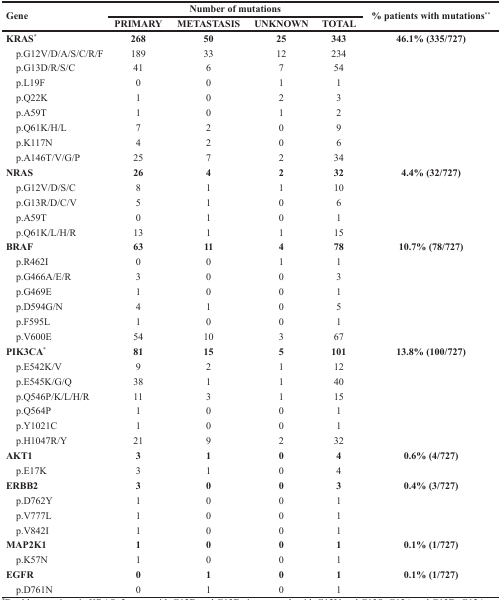
<table><thead><tr><td rowspan="2"><b>Gene</b></td><td colspan="4"><b>Number of mutations</b></td><td rowspan="2"><b>% patients with mutations<sup>**</sup></b></td></tr><tr><td><b>PRIMARY</b></td><td><b>METASTASIS</b></td><td><b>UNKNOWN</b></td><td><b>TOTAL</b></td></tr></thead><tbody><tr><td><b>KRAS</b><sup>*</sup></td><td><b>268</b></td><td><b>50</b></td><td><b>25</b></td><td><b>343</b></td><td><b>46.1% (335/727)</b></td></tr><tr><td> p.G12V/D/A/S/C/R/F</td><td>189</td><td>33</td><td>12</td><td>234</td><td></td></tr><tr><td> p.G13D/R/S/C</td><td>41</td><td>6</td><td>7</td><td>54</td><td></td></tr><tr><td> p.L19F</td><td>0</td><td>0</td><td>1</td><td>1</td><td></td></tr><tr><td> p.Q22K</td><td>1</td><td>0</td><td>2</td><td>3</td><td></td></tr><tr><td> p.A59T</td><td>1</td><td>0</td><td>1</td><td>2</td><td></td></tr><tr><td> p.Q61K/H/L</td><td>7</td><td>2</td><td>0</td><td>9</td><td></td></tr><tr><td> p.K117N</td><td>4</td><td>2</td><td>0</td><td>6</td><td></td></tr><tr><td> p.A146T/V/G/P</td><td>25</td><td>7</td><td>2</td><td>34</td><td></td></tr><tr><td><b>NRAS</b></td><td><b>26</b></td><td><b>4</b></td><td><b>2</b></td><td><b>32</b></td><td><b>4.4% (32/727)</b></td></tr><tr><td> p.G12V/D/S/C</td><td>8</td><td>1</td><td>1</td><td>10</td><td></td></tr><tr><td> p.G13R/D/C/V</td><td>5</td><td>1</td><td>0</td><td>6</td><td></td></tr><tr><td> p.A59T</td><td>0</td><td>1</td><td>0</td><td>1</td><td></td></tr><tr><td> p.Q61K/L/H/R</td><td>13</td><td>1</td><td>1</td><td>15</td><td></td></tr><tr><td><b>BRAF</b></td><td><b>63</b></td><td><b>11</b></td><td><b>4</b></td><td><b>78</b></td><td><b>10.7% (78/727)</b></td></tr><tr><td> p.R462I</td><td>0</td><td>0</td><td>1</td><td>1</td><td></td></tr><tr><td> p.G466A/E/R</td><td>3</td><td>0</td><td>0</td><td>3</td><td></td></tr><tr><td> p.G469E</td><td>1</td><td>0</td><td>0</td><td>1</td><td></td></tr><tr><td> p.D594G/N</td><td>4</td><td>1</td><td>0</td><td>5</td><td></td></tr><tr><td> p.F595L</td><td>1</td><td>0</td><td>0</td><td>1</td><td></td></tr><tr><td> p.V600E</td><td>54</td><td>10</td><td>3</td><td>67</td><td></td></tr><tr><td><b>PIK3CA</b><sup>*</sup></td><td><b>81</b></td><td><b>15</b></td><td><b>5</b></td><td><b>101</b></td><td><b>13.8% (100/727)</b></td></tr><tr><td> p.E542K/V</td><td>9</td><td>2</td><td>1</td><td>12</td><td></td></tr><tr><td> p.E545K/G/Q</td><td>38</td><td>1</td><td>1</td><td>40</td><td></td></tr><tr><td> p.Q546P/K/L/H/R</td><td>11</td><td>3</td><td>1</td><td>15</td><td></td></tr><tr><td> p.Q564P</td><td>1</td><td>0</td><td>0</td><td>1</td><td></td></tr><tr><td> p.Y1021C</td><td>1</td><td>0</td><td>0</td><td>1</td><td></td></tr><tr><td> p.H1047R/Y</td><td>21</td><td>9</td><td>2</td><td>32</td><td></td></tr><tr><td><b>AKT1</b></td><td><b>3</b></td><td><b>1</b></td><td><b>0</b></td><td><b>4</b></td><td><b>0.6% (4/727)</b></td></tr><tr><td> p.E17K</td><td>3</td><td>1</td><td>0</td><td>4</td><td></td></tr><tr><td><b>ERBB2</b></td><td><b>3</b></td><td><b>0</b></td><td><b>0</b></td><td><b>3</b></td><td><b>0.4% (3/727)</b></td></tr><tr><td> p.D762Y</td><td>1</td><td>0</td><td>0</td><td>1</td><td></td></tr><tr><td> p.V777L</td><td>1</td><td>0</td><td>0</td><td>1</td><td></td></tr><tr><td> p.V842I</td><td>1</td><td>0</td><td>0</td><td>1</td><td></td></tr><tr><td><b>MAP2K1</b></td><td><b>1</b></td><td><b>0</b></td><td><b>0</b></td><td><b>1</b></td><td><b>0.1% (1/727)</b></td></tr><tr><td> p.K57N</td><td>1</td><td>0</td><td>0</td><td>1</td><td></td></tr><tr><td><b>EGFR</b></td><td><b>0</b></td><td><b>1</b></td><td><b>0</b></td><td><b>1</b></td><td><b>0.1% (1/727)</b></td></tr><tr><td> p.D761N</td><td>0</td><td>1</td><td>0</td><td>1</td><td></td></tr></tbody></table>